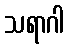
သရာဂါ